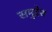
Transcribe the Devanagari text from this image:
समुद्देश